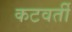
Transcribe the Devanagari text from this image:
कटवर्ती